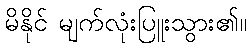
မိနိုင် မျက်လုံးပြူးသွား၏။